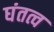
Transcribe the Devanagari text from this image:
घंतत्व